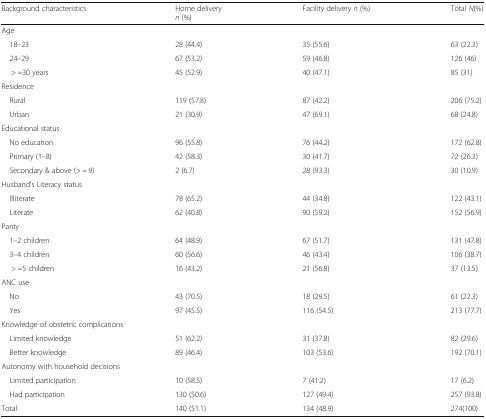
<table><thead><tr><td><b>Background characteristics</b></td><td><b>Home delivery<i>n</i> (%)</b></td><td><b>Facility delivery <i>n</i> (%)</b></td><td><b>Total <i>N</i>(%)</b></td></tr></thead><tbody><tr><td colspan="4">Age</td></tr><tr><td> 18–23</td><td>28 (44.4)</td><td>35 (55.6)</td><td>63 (22.3)</td></tr><tr><td> 24–29</td><td>67 (53.2)</td><td>59 (46.8)</td><td>126 (46)</td></tr><tr><td>&gt; =30 years</td><td>45 (52.9)</td><td>40 (47.1)</td><td>85 (31)</td></tr><tr><td colspan="4">Residence</td></tr><tr><td> Rural</td><td>119 (57.8)</td><td>87 (42.2)</td><td>206 (75.2)</td></tr><tr><td> Urban</td><td>21 (30.9)</td><td>47 (69.1)</td><td>68 (24.8)</td></tr><tr><td colspan="4">Educational status</td></tr><tr><td> No education</td><td>96 (55.8)</td><td>76 (44.2)</td><td>172 (62.8)</td></tr><tr><td> Primary (1–8)</td><td>42 (58.3)</td><td>30 (41.7)</td><td>72 (26.3)</td></tr><tr><td> Secondary &amp; above (&gt; = 9)</td><td>2 (6.7)</td><td>28 (93.3)</td><td>30 (10.9)</td></tr><tr><td colspan="4">Husband’s Literacy status</td></tr><tr><td> Illiterate</td><td>78 (65.2)</td><td>44 (34.8)</td><td>122 (43.1)</td></tr><tr><td> Literate</td><td>62 (40.8)</td><td>90 (59.2)</td><td>152 (56.9)</td></tr><tr><td colspan="4">Parity</td></tr><tr><td> 1–2 children</td><td>64 (48.9)</td><td>67 (51.7)</td><td>131 (47.8)</td></tr><tr><td> 3–4 children</td><td>60 (56.6)</td><td>46 (43.4)</td><td>106 (38.7)</td></tr><tr><td>&gt; =5 children</td><td>16 (43.2)</td><td>21 (56.8)</td><td>37 (13.5)</td></tr><tr><td colspan="4">ANC use</td></tr><tr><td> No</td><td>43 (70.5)</td><td>18 (29.5)</td><td>61 (22.3)</td></tr><tr><td> Yes</td><td>97 (45.5)</td><td>116 (54.5)</td><td>213 (77.7)</td></tr><tr><td colspan="4">Knowledge of obstetric complications</td></tr><tr><td> Limited knowledge</td><td>51 (62.2)</td><td>31 (37.8)</td><td>82 (29.6)</td></tr><tr><td> Better knowledge</td><td>89 (46.4)</td><td>103 (53.6)</td><td>192 (70.1)</td></tr><tr><td colspan="4">Autonomy with household decisions</td></tr><tr><td> Limited participation</td><td>10 (58.5)</td><td>7 (41.2)</td><td>17 (6.2)</td></tr><tr><td> Had participation</td><td>130 (50.6)</td><td>127 (49.4)</td><td>257 (93.8)</td></tr><tr><td>Total</td><td>140 (51.1)</td><td>134 (48.9)</td><td>274(100)</td></tr></tbody></table>